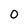
Character: 0